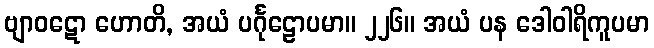
ဗျာဝဋော ဟောတိ, အယံ ပင်္ဂုဠောပမာ။ ၂၂၆။ အယံ ပန ဒေါဝါရိကူပမာ